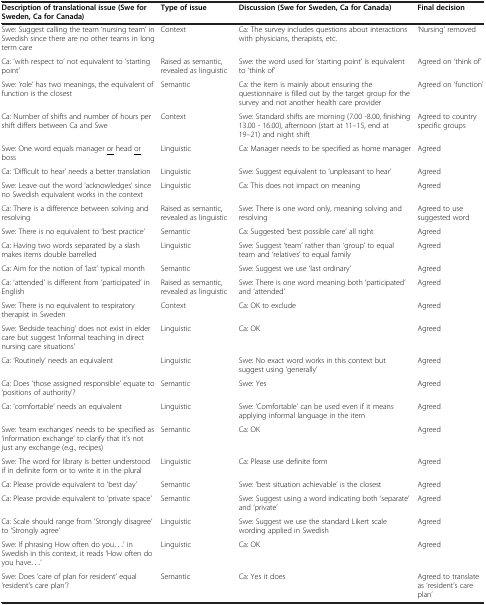
<table><thead><tr><td><b>Description of translational issue (Swe for Sweden, Ca for Canada)</b></td><td><b>Type of issue</b></td><td><b>Discussion (Swe for Sweden, Ca for Canada)</b></td><td><b>Final decision</b></td></tr></thead><tbody><tr><td>Swe: Suggest calling the team ‘nursing team’ in Swedish since there are no other teams in long term care</td><td>Context</td><td>Ca: The survey includes questions about interactions with physicians, therapists, etc.</td><td>‘Nursing’ removed</td></tr><tr><td>Ca: ‘with respect to’ not equivalent to ‘starting point’</td><td>Raised as semantic, revealed as linguistic</td><td>Swe: the word used for ‘starting point’ is equivalent to ‘think of’</td><td>Agreed on ‘think of’</td></tr><tr><td>Swe: ‘role’ has two meanings, the equivalent of function is the closest</td><td>Semantic</td><td>Ca: the item is mainly about ensuring the questionnaire is filled out by the target group for the survey and not another health care provider</td><td>Agreed on ‘function’</td></tr><tr><td>Ca: Number of shifts and number of hours per shift differs between Ca and Swe</td><td>Context</td><td>Swe: Standard shifts are morning (7.00 -8.00, finishing 13.00 - 16.00), afternoon (start at 11–15, end at 19–21) and night shift</td><td>Agreed to country specific groups</td></tr><tr><td>Swe: One word equals manager <underline>or</underline> head <underline>or</underline> boss</td><td>Linguistic</td><td>Ca: Manager needs to be specified as home manager</td><td>Agreed</td></tr><tr><td>Ca: ‘Difficult to hear’ needs a better translation</td><td>Linguistic</td><td>Swe: Suggest equivalent to ‘unpleasant to hear’</td><td>Agreed</td></tr><tr><td>Swe: Leave out the word ‘acknowledges’ since no Swedish equivalent works in the context</td><td>Linguistic</td><td>Ca: This does not impact on meaning</td><td>Agreed</td></tr><tr><td>Ca: There is a difference between solving and resolving</td><td>Raised as semantic, revealed as linguistic</td><td>Swe: There is one word only, meaning solving and resolving</td><td>Agreed to use suggested word</td></tr><tr><td>Swe: There is no equivalent to ‘best practice’</td><td>Semantic</td><td>Ca: Suggested ‘best possible care’ all right</td><td>Agreed</td></tr><tr><td>Ca: Having two words separated by a slash makes items double barrelled</td><td>Linguistic</td><td>Swe: Suggest ‘team’ rather than ‘group’ to equal team and ‘relatives’ to equal family</td><td>Agreed</td></tr><tr><td>Ca: Aim for the notion of ‘last’ typical month</td><td>Semantic</td><td>Swe: Suggest we use ‘last ordinary’</td><td>Agreed</td></tr><tr><td>Ca: ‘attended’ is different from ‘participated’ in English</td><td>Raised as semantic, revealed as linguistic</td><td>Swe: There is one word meaning both ‘participated’ and ‘attended’</td><td>Agreed</td></tr><tr><td>Swe: There is no equivalent to respiratory therapist in Sweden</td><td>Context</td><td>Ca: OK to exclude</td><td>Agreed</td></tr><tr><td>Swe: ‘Bedside teaching’ does not exist in elder care but suggest ‘Informal teaching in direct nursing care situations’</td><td>Linguistic</td><td>Ca: OK</td><td>Agreed</td></tr><tr><td>Ca: ‘Routinely’ needs an equivalent</td><td>Linguistic</td><td>Swe: No exact word works in this context but suggest using ‘generally’</td><td>Agreed</td></tr><tr><td>Ca: Does ‘those assigned responsible’ equate to ‘positions of authority’?</td><td>Semantic</td><td>Swe: Yes</td><td>Agreed</td></tr><tr><td>Ca: ‘comfortable’ needs an equivalent</td><td>Linguistic</td><td>Swe: ‘Comfortable’ can be used even if it means applying informal language in the item</td><td>Agreed</td></tr><tr><td>Swe: ‘team exchanges’ needs to be specified as ‘information exchange’ to clarify that it’s not just any exchange (e.g., recipes)</td><td>Semantic</td><td>Ca: OK</td><td>Agreed</td></tr><tr><td>Swe: The word for library is better understood if in definite form or to write it in the plural</td><td>Linguistic</td><td>Ca: Please use definite form</td><td>Agreed</td></tr><tr><td>Ca: Please provide equivalent to ‘best day’</td><td>Semantic</td><td>Swe: ‘best situation achievable’ is the closest</td><td>Agreed</td></tr><tr><td>Ca: Please provide equivalent to ‘private space’</td><td>Semantic</td><td>Swe: Suggest using a word indicating both ‘separate’ and ‘private’</td><td>Agreed</td></tr><tr><td>Ca: Scale should range from ‘Strongly disagree’ to ‘Strongly agree’</td><td>Linguistic</td><td>Swe: Suggest we use the standard Likert scale wording applied in Swedish</td><td>Agreed</td></tr><tr><td>Swe: If phrasing How often do you...’ in Swedish in this context, it reads ‘How often do you have...’</td><td>Linguistic</td><td>Ca: OK</td><td>Agreed</td></tr><tr><td>Swe: Does ‘care of plan for resident’ equal ‘resident’s care plan’?</td><td>Semantic</td><td>Ca: Yes it does</td><td>Agreed to translate as ‘resident’s care plan’</td></tr></tbody></table>